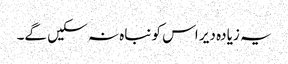
یہ زیادہ دیر اس کو نباہ نہ سکیں گے۔